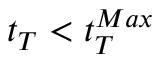
t _ { T } < t _ { T } ^ { M a x }